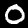
Digit: 0